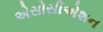
એસોસીએશન